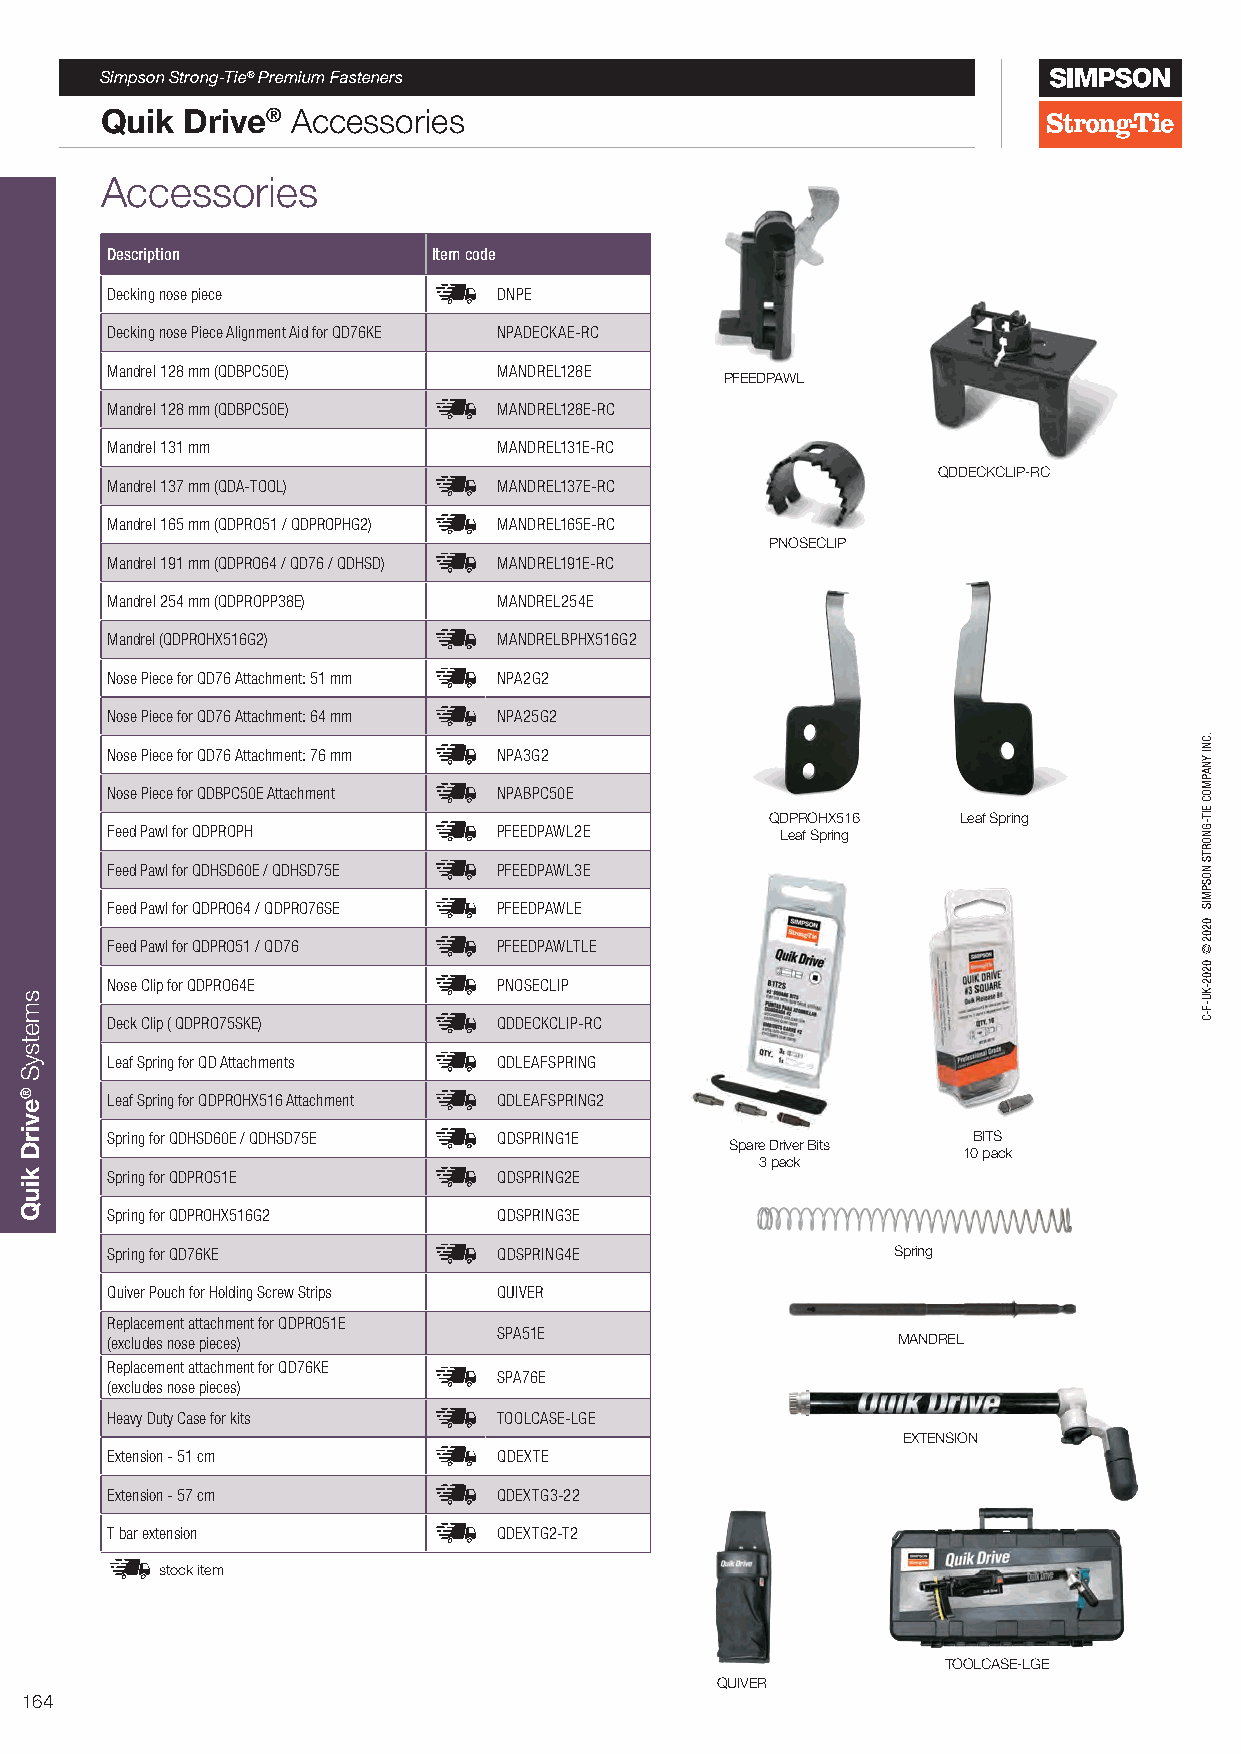
Simpson Strong-Tie® Premium Fasteners
 Quik Drive® Accessories
 Accessories
 Description           Item code
 Decking nose piece        DNPE
 Decking nose Piece Alignment Aid for QD76KE NPADECKAE-RC
 Mandrel 128 mm (QDBPC50E) MANDREL128E
 PFEEDPAWL
 Mandrel 128 mm (QDBPC50E) MANDREL128E-RC
 Mandrel 131 mm            MANDREL131E-RC
 QDDECKCLIP-RC
 Mandrel 137 mm (QDA-TOOL) MANDREL137E-RC
 Mandrel 165 mm (QDPRO51 / QDPROPHG2) MANDREL165E-RC
 PNOSECLIP
 Mandrel 191 mm (QDPRO64 / QD76 / QDHSD) MANDREL191E-RC
 Mandrel 254 mm (QDPROPP38E) MANDREL254E
 Mandrel (QDPROHX516G2)    MANDRELBPHX516G2
 Nose Piece for QD76 Attachment: 51 mm NPA2G2
 Nose Piece for QD76 Attachment: 64 mm NPA25G2
 Nose Piece for QD76 Attachment: 76 mm NPA3G2
 Nose Piece for QDBPC50E Attachment NPABPC50E
 QDPROHX516   Leaf Spring
 Feed Pawl for QDPROPH     PFEEDPAWL2E        Leaf Spring
 Feed Pawl for QDHSD60E / QDHSD75E PFEEDPAWL3E
 Feed Pawl for QDPRO64 / QDPRO76SE PFEEDPAWLE
 Feed Pawl for QDPRO51 / QD76 PFEEDPAWLTLE
 Nose Clip for QDPRO64E    PNOSECLIP
 Deck Clip ( QDPRO75SKE)   QDDECKCLIP-RC
 Leaf Spring for QD Attachments QDLEAFSPRING
 Leaf Spring for QDPROHX516 Attachment QDLEAFSPRING2
 Spring for QDHSD60E / QDHSD75E QDSPRING1E                BITS
 Spare Driver Bits
 10 pack
 3 pack
 Spring for QDPRO51E       QDSPRING2E
 Spring for QDPROHX516G2   QDSPRING3E
 Spring for QD76KE         QDSPRING4E                Spring
 Quiver Pouch for Holding Screw Strips QUIVER
 Replacement attachment for QDPRO51E
 SPA51E
 (excludes nose pieces)                              MANDREL
 Replacement attachment for QD76KE
 SPA76E
 (excludes nose pieces)
 Heavy Duty Case for kits  TOOLCASE-LGE
 EXTENSION
 Extension - 51 cm         QDEXTE
 Extension - 57 cm         QDEXTG3-22
 T bar extension           QDEXTG2-T2
 stock item
 TOOLCASE-LGE
 QUIVER
 164
 smetsyS
 ®evirD
 kiuQ
 .CNI
 YNAPMOC
 EIT-GNORTS
 NOSPMIS
 0202©
 0202-KU-F-C